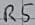
Text: R5